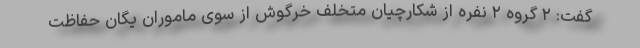
گفت: ۲ گروه ۲ نفره از شکارچیان متخلف خرگوش از سوی ماموران یگان حفاظت